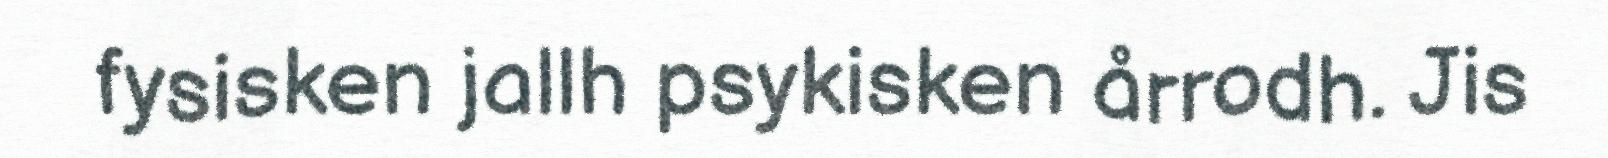
fysisken jallh psykisken årrodh. Jis